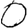
Digit: 0